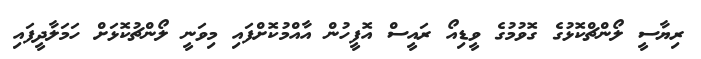
ރިޔާސީ ލޯންޗްކޮޅުގެ ގޮވުމުގެ ވީޑިއޯ ރައީސް އޮފީހުން އާއްމުކޮށްފައި މިވަނީ ލޯންޗުކޮޅަށް ހަމަލާދީފައި